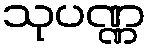
သုပဏ္ဏ